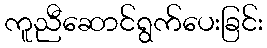
ကူညီဆောင်ရွက်ပေးခြင်း